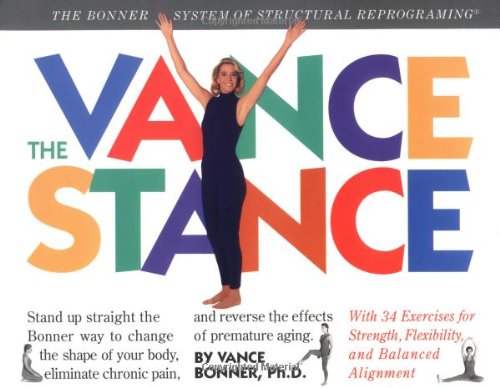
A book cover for The Vance Stance; Vance Bonner Ph.D.; Health, Fitness & Dieting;